Indian journal of veterinary science and animal husbandry - Volumes 26-27, 1956-1957
Year: 1956
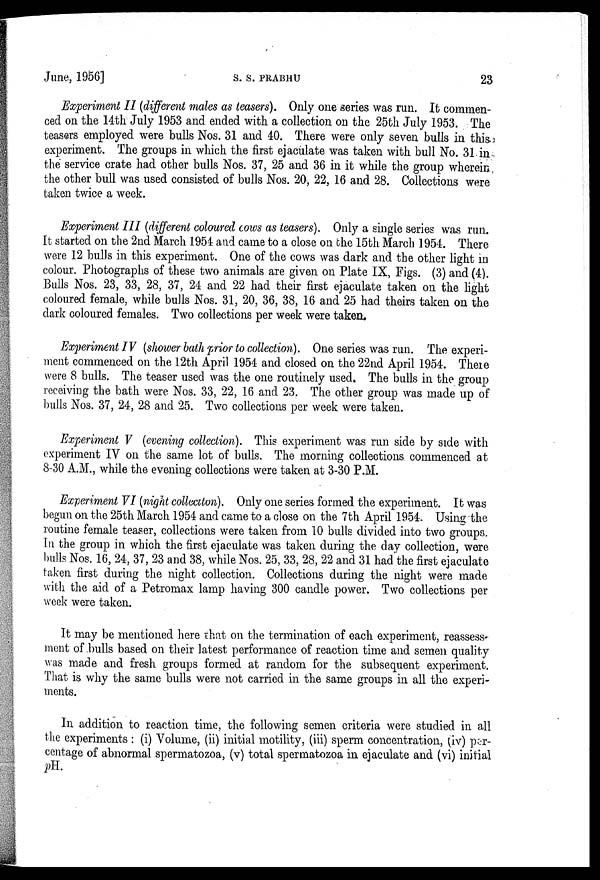
June, 1956]
S.
S.
PHABHU
23
Experiment II (different males as teasers). Only one series was run. It commen-
ced on the 14th July 1953 and ended with a collection on the 25th July 1953. The
teasers employed were bulls Nos. 31 and 40. There were only seven bulls in this
experiment. The groups in which the first ejaculate was taken with bull No. 31 in
the service crate had other bulls Nos. 37, 25 and 36 in it while the group wherein
the other bull was used consisted of bulls Nos. 20, 22, 16 and 28. Collections were
taken twice a week.
Experiment III (different coloured cows as teasers). Only a single series was run.
It started on the 2nd March 1954 and came to a close on the 15th March 1954. There
were 12 bulls in this experiment. One of the cows was dark and the other light in
colour. Photographs of these two animals are given on Plate IX, Figs. (3) and (4).
Bulls Nos. 23, 33, 28, 37, 24 and 22 had their first ejaculate taken on the light
coloured female, while bulls Nos. 31, 20, 36, 38, 16 and 25 had theirs taken on the
dark coloured females. Two collections per week were taken.
Experiment IV (shower bath prior to collection). One series was run. The experi-
ment commenced on the 12th April 1954 and closed on the 22nd April 1954. There
were 8 bulls. The teaser used was the one routinely used. The bulls in the group
receiving the bath were Nos. 33, 22, 16 and 23. The other group was made up of
bulls Nos. 37, 24, 28 and 25. Two collections per week were taken.
Experiment V (evening collection). This experiment was run side by side with
experiment IV on the same lot of bulls. The morning collections commenced at
8-30 A.M., while the evening collections were taken at 3-30 P.M.
Experiment VI (night collectton). Only one series formed the experiment. It was
begun on the 25th March 1954 and came to a close on the 7th April 1954. Using the
routine female teaser, collections were taken from 10 bulls divided into two groups.
In the group in which the first ejaculate was taken during the day collection, were
bulls Nos. 16, 24, 37, 23 and 38, while Nos. 25, 33, 28, 22 and 31 had the first ejaculate
taken first during the night collection. Collections during the night were made
with the aid of a Petromax lamp having 300 candle power. Two collections per
week were taken.
It may be mentioned here that on the termination of each experiment, reassess-
ment of bulls based on their latest performance of reaction time and semen quality
was made and fresh groups formed at random for the subsequent experiment.
That is why the same bulls were not carried in the same groups in all the experi-
ments.
In addition to reaction time, the following semen criteria were studied in all
the experiments : (i) Volume, (ii) initial motility, (iii) sperm concentration, (iv) per-
centage of abnormal spermatozoa, (v) total spermatozoa in ejaculate and (vi) initial
pH.